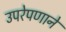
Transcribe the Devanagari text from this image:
उपरेपणाने